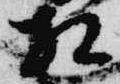
相